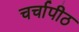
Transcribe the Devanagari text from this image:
चर्चापीठ